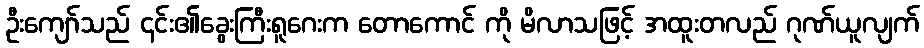
ဦးကျော်သည် ၎င်း၏ခွေးကြီးရူဂေးက တောကောင် ကို မိလာသဖြင့် အထူးတလည် ဂုဏ်ယူလျက်